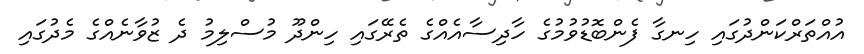
އުއްތަރްކަންދުގައި ހިނގާ ފެންބޮޑުވުމުގެ ހާދިސާއެއްގެ ތެރޭގައި ހިންދޫ މުސްލިމު ދެ ޒުވާނެއްގެ މެދުގައި